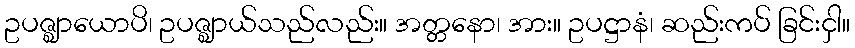
ဥပဇ္ဈာယောပိ၊ ဥပဇ္ဈာယ်သည်လည်း။ အတ္တနော၊ အား။ ဥပဋ္ဌာနံ၊ ဆည်းကပ် ခြင်းငှါ။